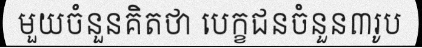
មួយចំនួនគិតថា បេក្ខជនចំនួន៣រូប